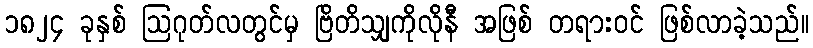
၁၈၂၄ ခုနှစ် ဩဂုတ်လတွင်မှ ဗြိတိသျှကိုလိုနီ အဖြစ် တရားဝင် ဖြစ်လာခဲ့သည်။